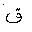
Letter: _qaf